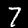
Label: 7